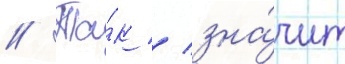
// Та́к / зна́чит